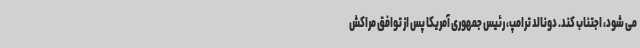
می شود، اجتناب کند. دونالد ترامپ، رئیس جمهوری آمریکا پس از توافق مراکش